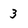
Character: 3